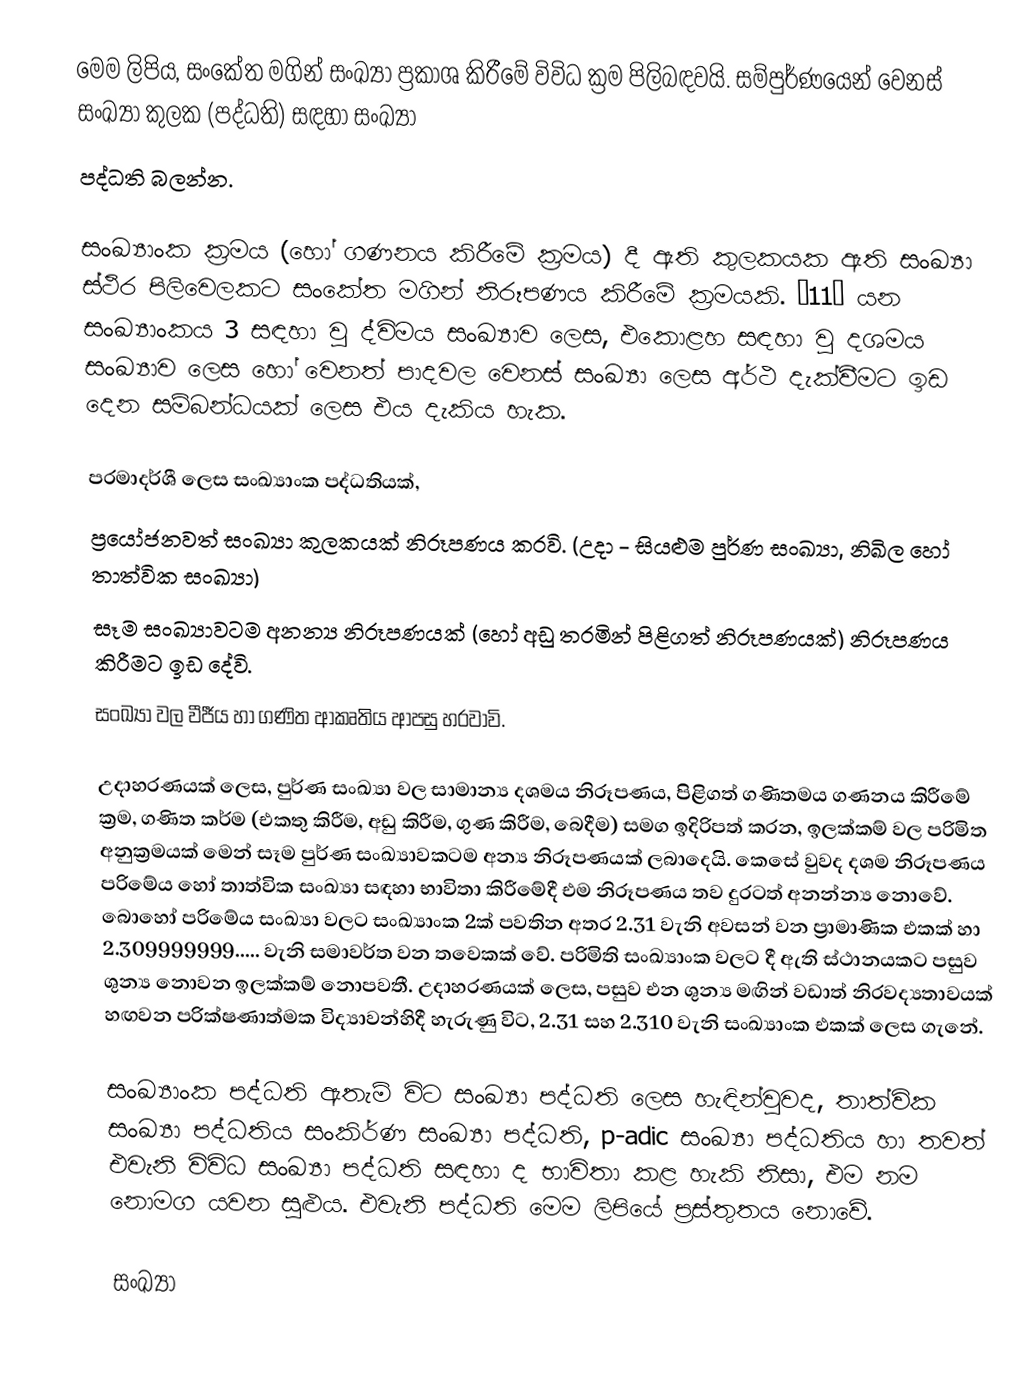
මෙම ලිපිය, සංකේත මගින් සංඛ්‍යා ප්‍රකාශ කිරීමේ විවිධ ක්‍රම පිලිබඳවයි. සම්පුර්ණයෙන් වෙනස් සංඛ්‍යා කුලක (පද්ධති) සඳහා සංඛ්‍යා
පද්ධති බලන්න.

සංඛ්‍යාංක ක්‍රමය (හෝ ගණනය කිරීමේ ක්‍රමය) දී ඇති කුලකයක ඇති සංඛ්‍යා ස්ථිර පිලිවෙලකට සංකේත මගින් නිරූපණය කිරීමේ ක්‍රමයකි. “11” යන සංඛ්‍යාංකය 3 සඳහා වු ද්විමය සංඛ්‍යාව ලෙස, එකොළහ සඳහා වු දශමය සංඛ්‍යාව ලෙස හෝ වෙනත් පාදවල වෙනස් සංඛ්‍යා ලෙස අර්ථ දැක්වීමට ඉඩ දෙන සම්බන්ධයක් ලෙස එය දැකිය හැක.

පරමාදර්ශී ලෙස සංඛ්‍යාංක පද්ධතියක්,
ප්‍රයෝජනවත් සංඛ්‍යා කුලකයක් නිරූපණය කරවි. (උදා - සියළුම පුර්ණ සංඛ්‍යා, නිඛිල හෝ තාත්වික සංඛ්‍යා)
සෑම සංඛ්‍යාවටම අනන්‍ය නිරූපණයක් (හෝ අඩු තරමින් පිළිගත් නිරූපණයක්) නිරූපණය කිරී‍මට ඉඩ දේවි.
සංඛ්‍යා වල වීජීය හා ගණිත ආකෘතිය ආපසු හරවාවි.

උදාහරණයක් ලෙස, පුර්ණ සංඛ්‍යා වල සාමාන්‍ය දශමය නිරූපණය, පිළිගත් ගණිතමය ගණනය කිරීමේ  ක්‍රම, ගණිත කර්ම (එකතු කිරීම, අඩු කිරීම, ගුණ කිරීම, බෙදීම) සමග ඉදිරිපත් කරන, ඉලක්කම් වල පරිමිත අනුක්‍රමයක් මෙන් සෑම පුර්ණ සංඛ්‍යාවකටම අන්‍ය නිරූපණයක් ලබාදෙයි. කෙසේ වුවද දශම නිරූපණය පරිමේය හෝ තාත්වික සංඛ්‍යා සඳහා භාවිතා කිරීමේදී එම නිරූපණය තව දුරටත් අනන්න්‍ය නොවේ. බොහෝ පරිමේය සංඛ්‍යා වලට සංඛ්‍යාංක 2ක් පවතින අතර 2.31 වැනි අවසන් වන ප්‍රාමාණික එකක් හා 2.309999999..... වැනි සමාවර්ත වන තවෙකක් වේ. පරිමිති සංඛ්‍යාංක වලට දී ඇති ස්ථානයකට පසුව ශුන්‍ය නොවන ඉලක්කම් නොපවතී. උදාහරණයක් ලෙස, පසුව එන ශුන්‍ය මඟින් වඩාත් නිරවද්‍යතාවයක් හඟවන පරික්ෂණාත්මක විද්‍යාවන්හිදී හැරුණු විට, 2.31 සහ 2.310 වැනි සංඛ්‍යාංක එකක් ලෙස ගැනේ.

සංඛ්‍යාංක පද්ධති ඇතැම් විට සංඛ්‍යා පද්ධති ලෙස හැඳින්වුවද, තාත්වික සංඛ්‍යා පද්ධතිය සංකිර්ණ සංඛ්‍යා පද්ධති, p-adic සංඛ්‍යා පද්ධතිය හා තවත් එවැනි විවිධ සංඛ්‍යා පද්ධති සඳහා ද භාවිතා කළ හැකි නිසා, එම නම නොමග යවන සුළුය. එවැනි පද්ධති මෙම ලිපියේ ප්‍රස්තුතය නොවේ.

සංඛ්‍යා